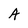
Character: A